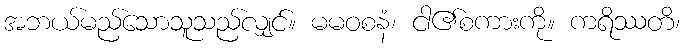
အဘယ်မည်သောသူသည်လျှင်။ မမဝစနံ၊ ငါ၏စကားကို။ ကရိဿတိ၊